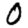
Digit: 0